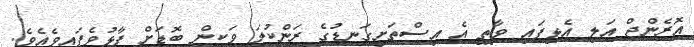
އޮރެންޖް އަލި އެޅިފައި ވާތީ އެ އިސްތަށިގަނޑުގެ ރަންކުލަ ވަކިން ބޮޑަށް ފާޅުވެފައިވެއެވެ.